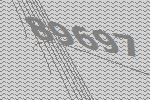
89697